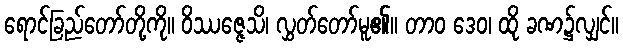
ရောင်ခြည်တော်တို့ကို။ ဝိဿဇ္ဇေသိ၊ လွှတ်တော်မူ၏။ တာဝ ဒေဝ၊ ထို ခဏ၌လျှင်။